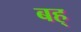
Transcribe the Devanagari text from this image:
बह्